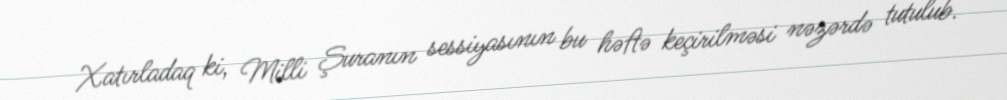
Xatırladaq ki, Milli Şuranın sessiyasının bu həftə keçirilməsi nəzərdə tutulub.